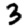
Digit: 3